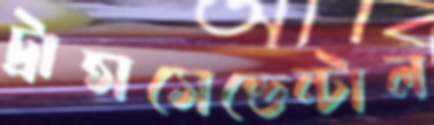
ট্রান্সসেন্ডেন্টাল